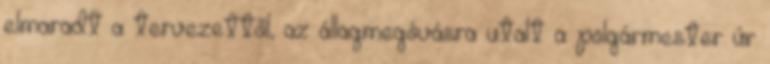
elmaradt a tervezettől, az állagmegóvásra utalt a polgármester úr